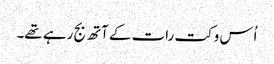
اُس وکت رات کے آتھ بج رہے تھے۔